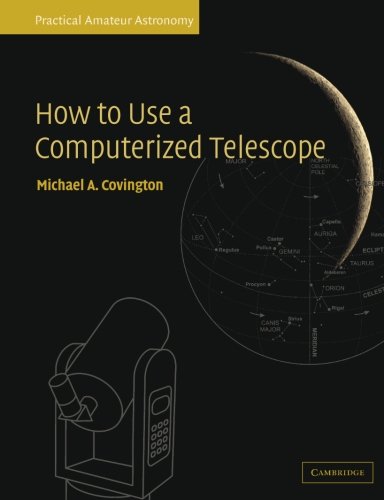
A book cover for How to Use a Computerized Telescope: Practical Amateur Astronomy Volume 1; Michael A. Covington; Science & Math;